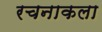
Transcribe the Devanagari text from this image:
रचनाकला